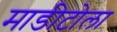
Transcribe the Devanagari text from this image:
माडीटोला